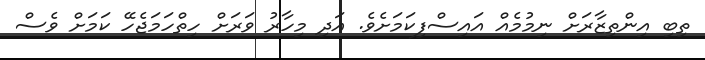
ތިބި އިންތިޒާރަށް ނިމުމެއް އައިސްފިކަމަށެވެ. އަދި މިހާރު ވަރަށް ހިތްހަމަޖެހޭ ކަމަށް ވެސް